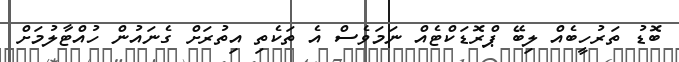
ބޮޑު ތަރުހީބެއް ލިބޭ ޕްރޮޑަކްޓެއް ނަމަވެސް އެ ތަކެތި އިތުރަށް ގެނައުން ހުއްޓާލުމަށް